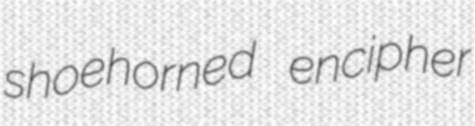
shoehorned encipher